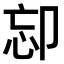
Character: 𠨛